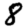
Digit: 8